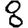
Digit: 8